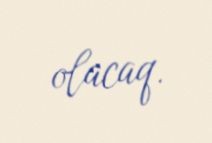
olacaq.